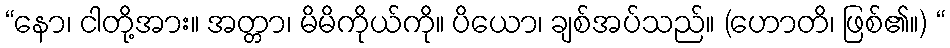
“နော၊ ငါတို့အား။ အတ္တာ၊ မိမိကိုယ်ကို။ ပိယော၊ ချစ်အပ်သည်။ (ဟောတိ၊ ဖြစ်၏။) “